Problem: 20 ÷ 5 = ?
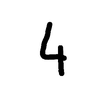
Handwritten answer: 4